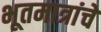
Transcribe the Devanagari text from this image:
भूतमात्रांचें